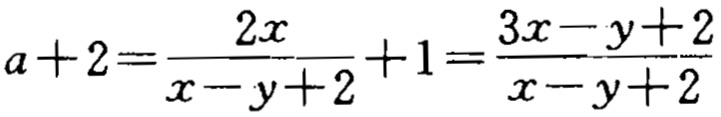
\(a + 2=\frac{2x}{x - y + 2}+1=\frac{3x - y + 2}{x - y + 2}\)